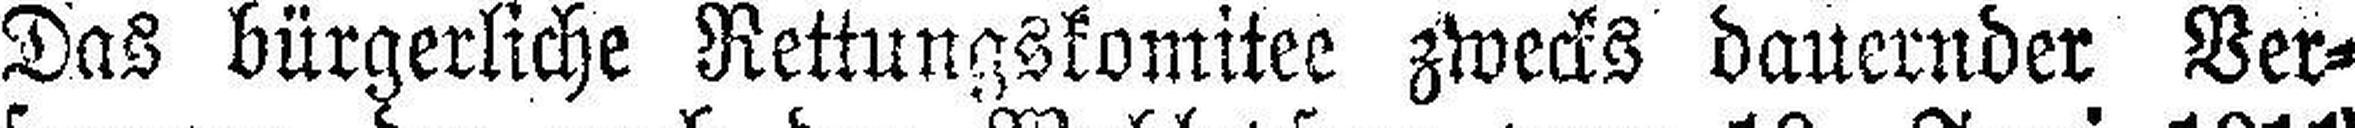
Das bürgerliche Rettungskomitee zwecks dauernder Ver¬